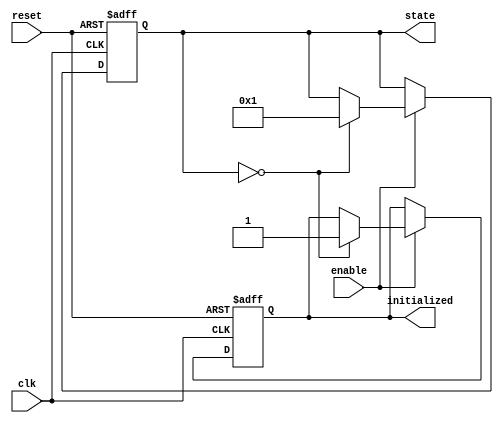
module clock_cycle_initialization (
    input wire clk,           // Clock signal
    input wire reset,         // Reset signal (active-high)
    input wire enable,        // Enable signal
    output reg initialized,    // Initialization completed signal
    output reg [3:0] state    // Current state (4 bits for example)
);

// Define the states (you can modify these as necessary)
parameter INIT_STATE = 4'b0000;
parameter OPERATIONAL_STATE = 4'b0001;
// More states can be defined as needed

// State transition logic
always @(posedge clk or posedge reset) begin
    if (reset) begin
        // Reset behavior
        state <= INIT_STATE;       // Set state to initial state
        initialized <= 1'b0;       // Initialization not completed
    end else if (enable) begin
        // Check for initialization condition
        if (state == INIT_STATE) begin
            initialized <= 1'b1;    // Initialization completed
            // Perform state transition (to next state for example)
            state <= OPERATIONAL_STATE; // Transition to operational state
        end else begin
            // Maintain current state or perform further state transitions
            // Add state transition logic here based on specific conditions
            // For example, you might transition to another state:
            // state <= NEXT_STATE;
        end
    end
end

endmodule